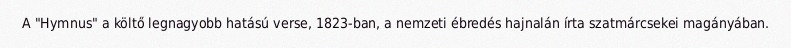
A "Hymnus" a költő legnagyobb hatású verse, 1823-ban, a nemzeti ébredés hajnalán írta szatmárcsekei magányában.